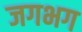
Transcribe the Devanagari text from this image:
जगभग